画像に写った文字を読んでください
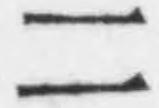
「二」と書いてあります